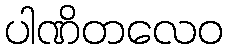
ပါဏိတလေဝ